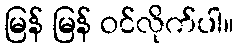
မြန် မြန် ဝင်လိုက်ပါ။